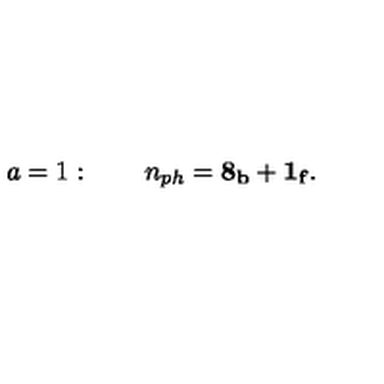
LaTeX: a = 1 : \qquad n _ { p h } = \mathrm { { \bf 8 _ b + 1 _ f } } .